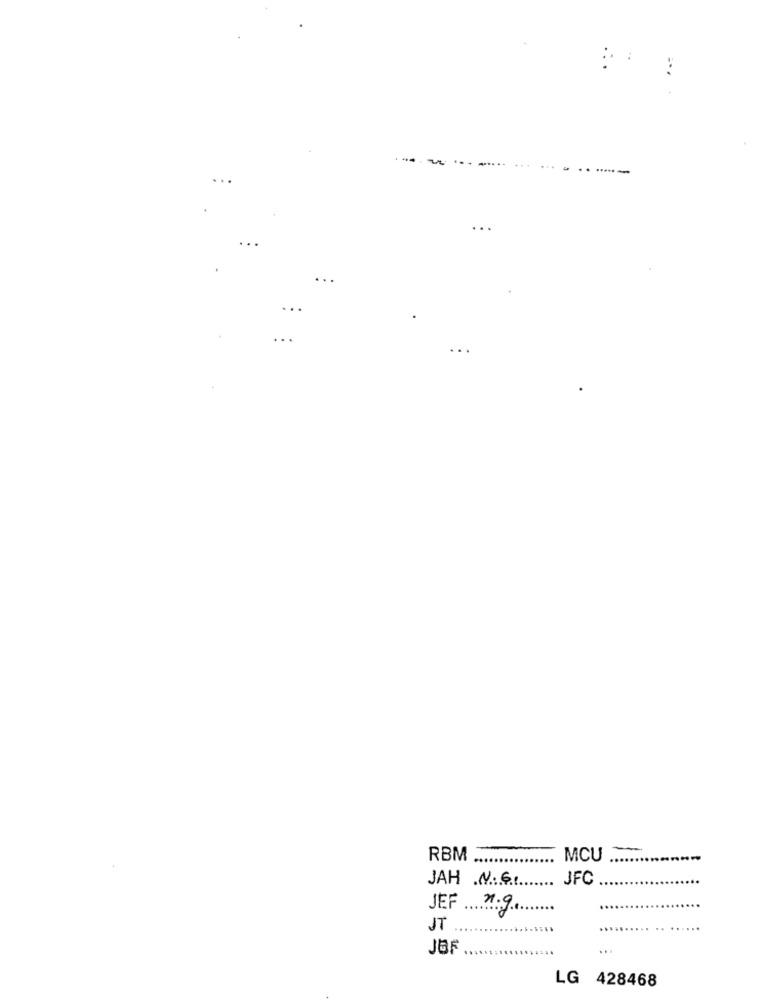
...
-
RBM
MCU
JAH N.G.
JFC
JEF 2.9.
JT
JBF
...
LG 428468